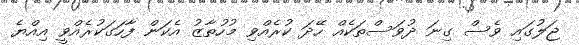
ޖަލުގައި ވެސް ގިނަ ދުވަސްތަކެއް ހޭދަ ކުރެއްވި މުހުތާޒު އެކަން ފާހަގަކުރެއްވީ އިއްޔެ